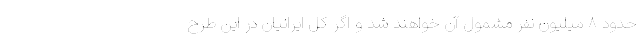
حدود ۸ میلیون نفر مشمول آن خواهند شد و اگر کل ایرانیان در این طرح